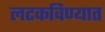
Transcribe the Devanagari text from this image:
लटकविण्यात